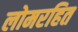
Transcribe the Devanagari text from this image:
लोमरहित